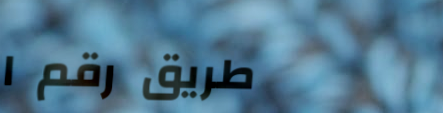
طريق رقم ١